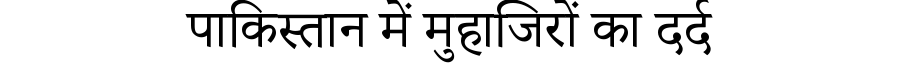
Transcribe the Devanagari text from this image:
पाकिस्तान में मुहाजिरों का दर्द